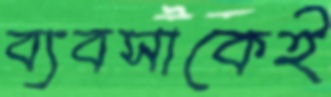
ব্যবসাকেই